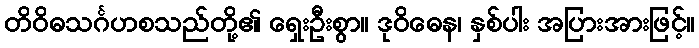
တိဝိဓသင်္ဂဟစသည်တို့၏ ရှေးဦးစွာ။ ဒုဝိဓေန၊ နှစ်ပါး အပြားအားဖြင့်။